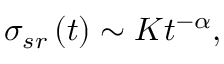
\sigma _ { s r } \left( t \right) \sim K t ^ { - \alpha } ,